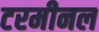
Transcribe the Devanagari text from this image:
टरमीनल